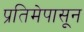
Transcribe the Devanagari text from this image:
प्रतिमेपासून